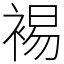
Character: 裼